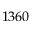
1 3 6 0